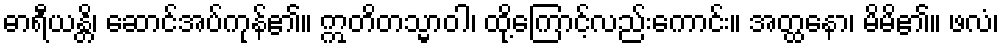
ဓာရီယန္တိ၊ ဆောင်အပ်ကုန်၏။ ဣတိတသ္မာဝါ၊ ထို့ကြောင့်လည်းကောင်း။ အတ္ထနော၊ မိမိ၏။ ဖလံ၊